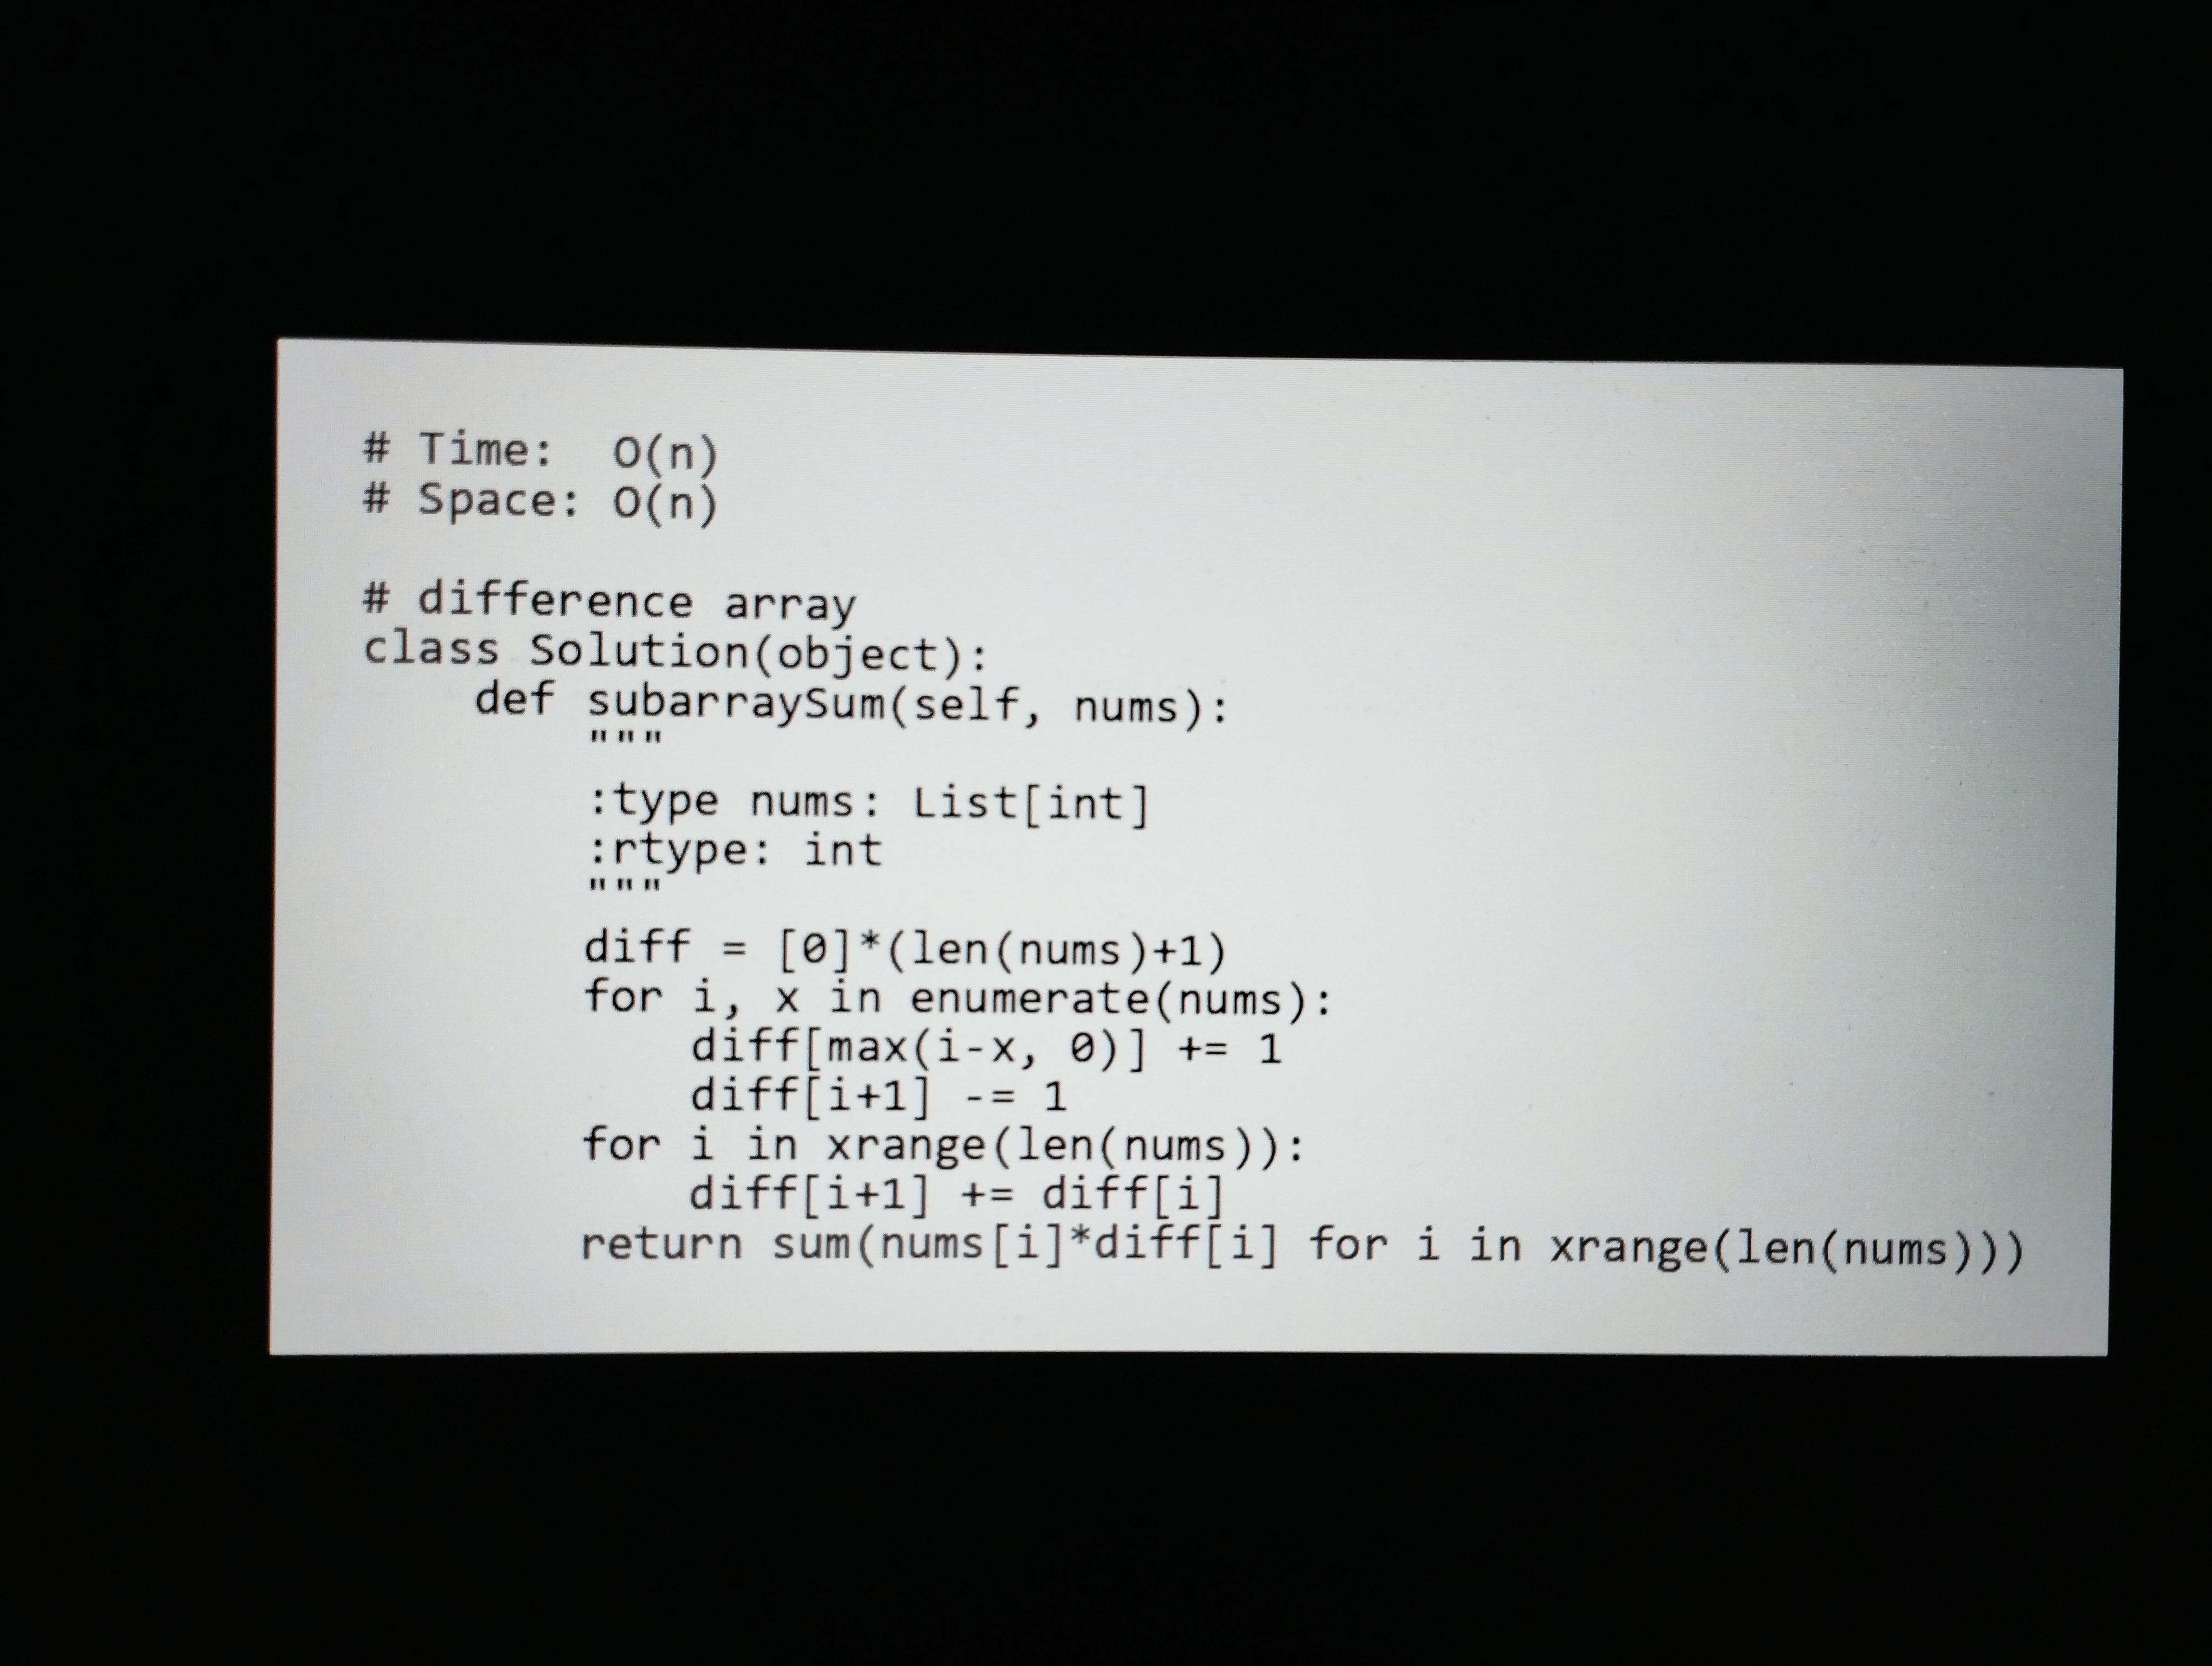
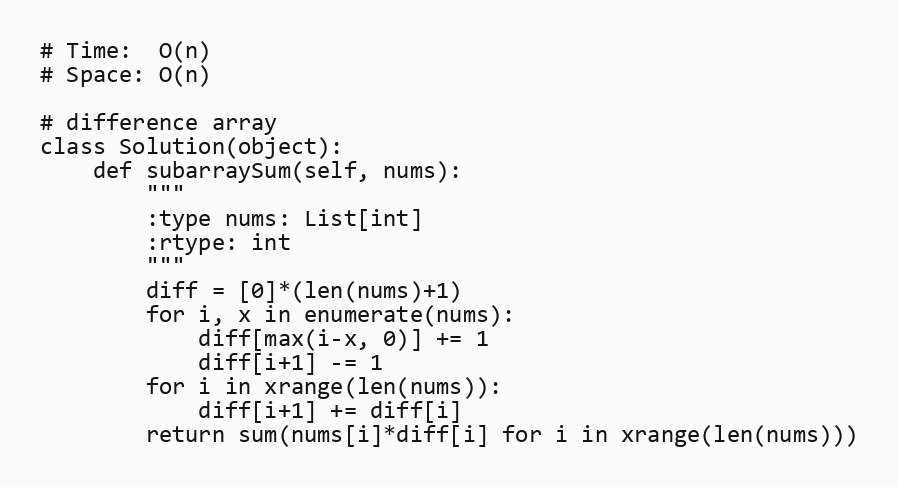
# Time:  O(n)
# Space: O(n)

# difference array
class Solution(object):
    def subarraySum(self, nums):
        """
        :type nums: List[int]
        :rtype: int
        """
        diff = [0]*(len(nums)+1)
        for i, x in enumerate(nums):
            diff[max(i-x, 0)] += 1
            diff[i+1] -= 1
        for i in xrange(len(nums)):
            diff[i+1] += diff[i]
        return sum(nums[i]*diff[i] for i in xrange(len(nums)))